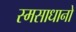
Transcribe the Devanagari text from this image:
स्मसाधानो